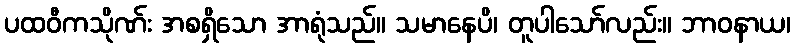
ပထဝီကသိုဏ်း အစရှိသော အာရုံသည်။ သမာနေပိ၊ တူပါသော်လည်း။ ဘာဝနာယ၊